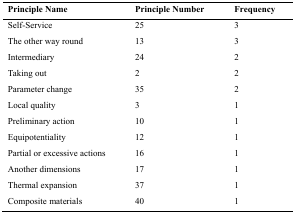
<table><thead><tr><td><b>Principle Name</b></td><td><b>Principle Number</b></td><td><b>Frequency</b></td></tr></thead><tbody><tr><td>Self-Service</td><td>25</td><td>3</td></tr><tr><td>The other way round</td><td>13</td><td>3</td></tr><tr><td>Intermediary</td><td>24</td><td>2</td></tr><tr><td>Taking out</td><td>2</td><td>2</td></tr><tr><td>Parameter change</td><td>35</td><td>2</td></tr><tr><td>Local quality</td><td>3</td><td>1</td></tr><tr><td>Preliminary action</td><td>10</td><td>1</td></tr><tr><td>Equipotentiality</td><td>12</td><td>1</td></tr><tr><td>Partial or excessive actions</td><td>16</td><td>1</td></tr><tr><td>Another dimensions</td><td>17</td><td>1</td></tr><tr><td>Thermal expansion</td><td>37</td><td>1</td></tr><tr><td>Composite materials</td><td>40</td><td>1</td></tr></tbody></table>